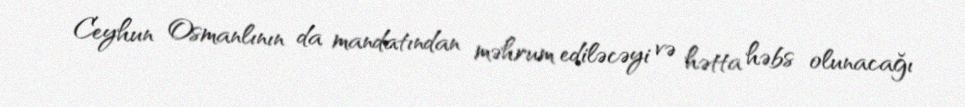
Ceyhun Osmanlının da mandatından məhrum ediləcəyi və hətta həbs olunacağı